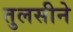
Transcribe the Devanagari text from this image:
तुलसीने